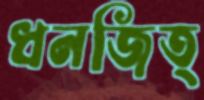
ধনজিত্